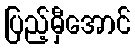
ပြည့်မှီအောင်